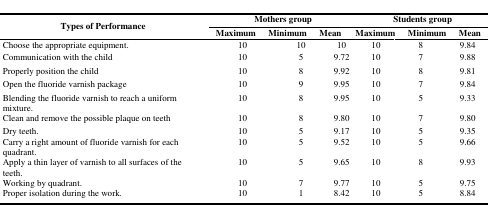
| <ROWSPAN=3> Types of Performance | <COLSPAN=3> Mothers group | <COLSPAN=7> Students group |
 | Maximum | Minimum | Mean | Maximum | Minimum | Mean |
 | --- | --- | --- | --- | --- | --- | --- | --- | --- | --- | --- |
 | Choose the appropriate equipment. | 10 | 10 | 10 | 10 | 8 | 9.84 |
 | Communication with the child | 10 | 5 | 9.72 | 10 | 7 | 9.88 |
 | Properly position the child | 10 | 8 | 9.92 | 10 | 8 | 9.81 |
 | Open the fluoride varnish package | 10 | 9 | 9.95 | 10 | 7 | 9.84 |
 | Blending the fluoride varnish to reach a uniform mixture. | 10 | 8 | 9.95 | 10 | 5 | 9.33 |
 | Clean and remove the possible plaque on teeth | 10 | 8 | 9.80 | 10 | 7 | 9.80 |
 | Dry teeth. | 10 | 5 | 9.17 | 10 | 5 | 9.35 |
 | Carry a right amount of fluoride varnish for each quadrant. | 10 | 5 | 9.52 | 10 | 5 | 9.66 |
 | Apply a thin layer of varnish to all surfaces of the teeth. | 10 | 5 | 9.65 | 10 | 8 | 9.93 |
 | Working by quadrant. | 10 | 7 | 9.77 | 10 | 5 | 9.75 |
 | Proper isolation during the work. | 10 | 1 | 8.42 | 10 | 5 | 8.84 |